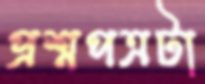
প্রশ্নপত্রটা